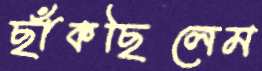
ছাঁকছিলেম